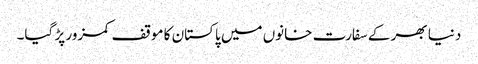
دنیا بھر کے سفارت خانوں میں پاکستان کا موقف کمزور پڑ گیا۔